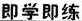
即学即练